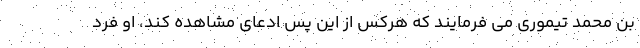
بن محمد تیموری می فرمایند که هرکس از این پس ادعای مشاهده کند، او فرد